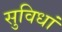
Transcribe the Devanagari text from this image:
सुविधां